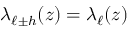
\lambda _ { \ell \pm h } ( z ) = \lambda _ { \ell } ( z )